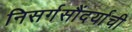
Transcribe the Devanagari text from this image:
निसर्गसौंदर्याची